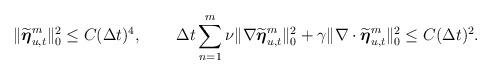
LaTeX: \begin{align*} \|\widetilde{\boldsymbol{\eta}}_{u,t}^m\|_0^2&\leq C (\Delta t)^4, & \Delta t\sum_{n=1}^m \nu \|\nabla\widetilde{\boldsymbol{\eta}}_{u,t}^m\|_0^2 +\gamma \|\nabla\cdot\widetilde{\boldsymbol{\eta}}_{u,t}^m\|_0^2&\leq C(\Delta t)^2. \end{align*}